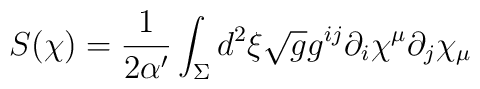
S(\chi)	=\frac{1}{2\alpha^{\prime}}\int_{\Sigma}d^{2}\xi\sqrt{g}g^{ij}\partial_{i}\chi^{\mu}	\partial_{j}\chi_{\mu}